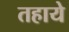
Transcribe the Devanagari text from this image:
तहाये